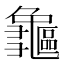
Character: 𪛃